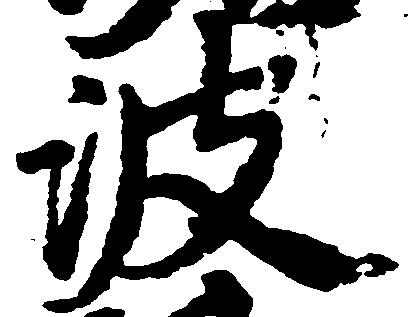
波